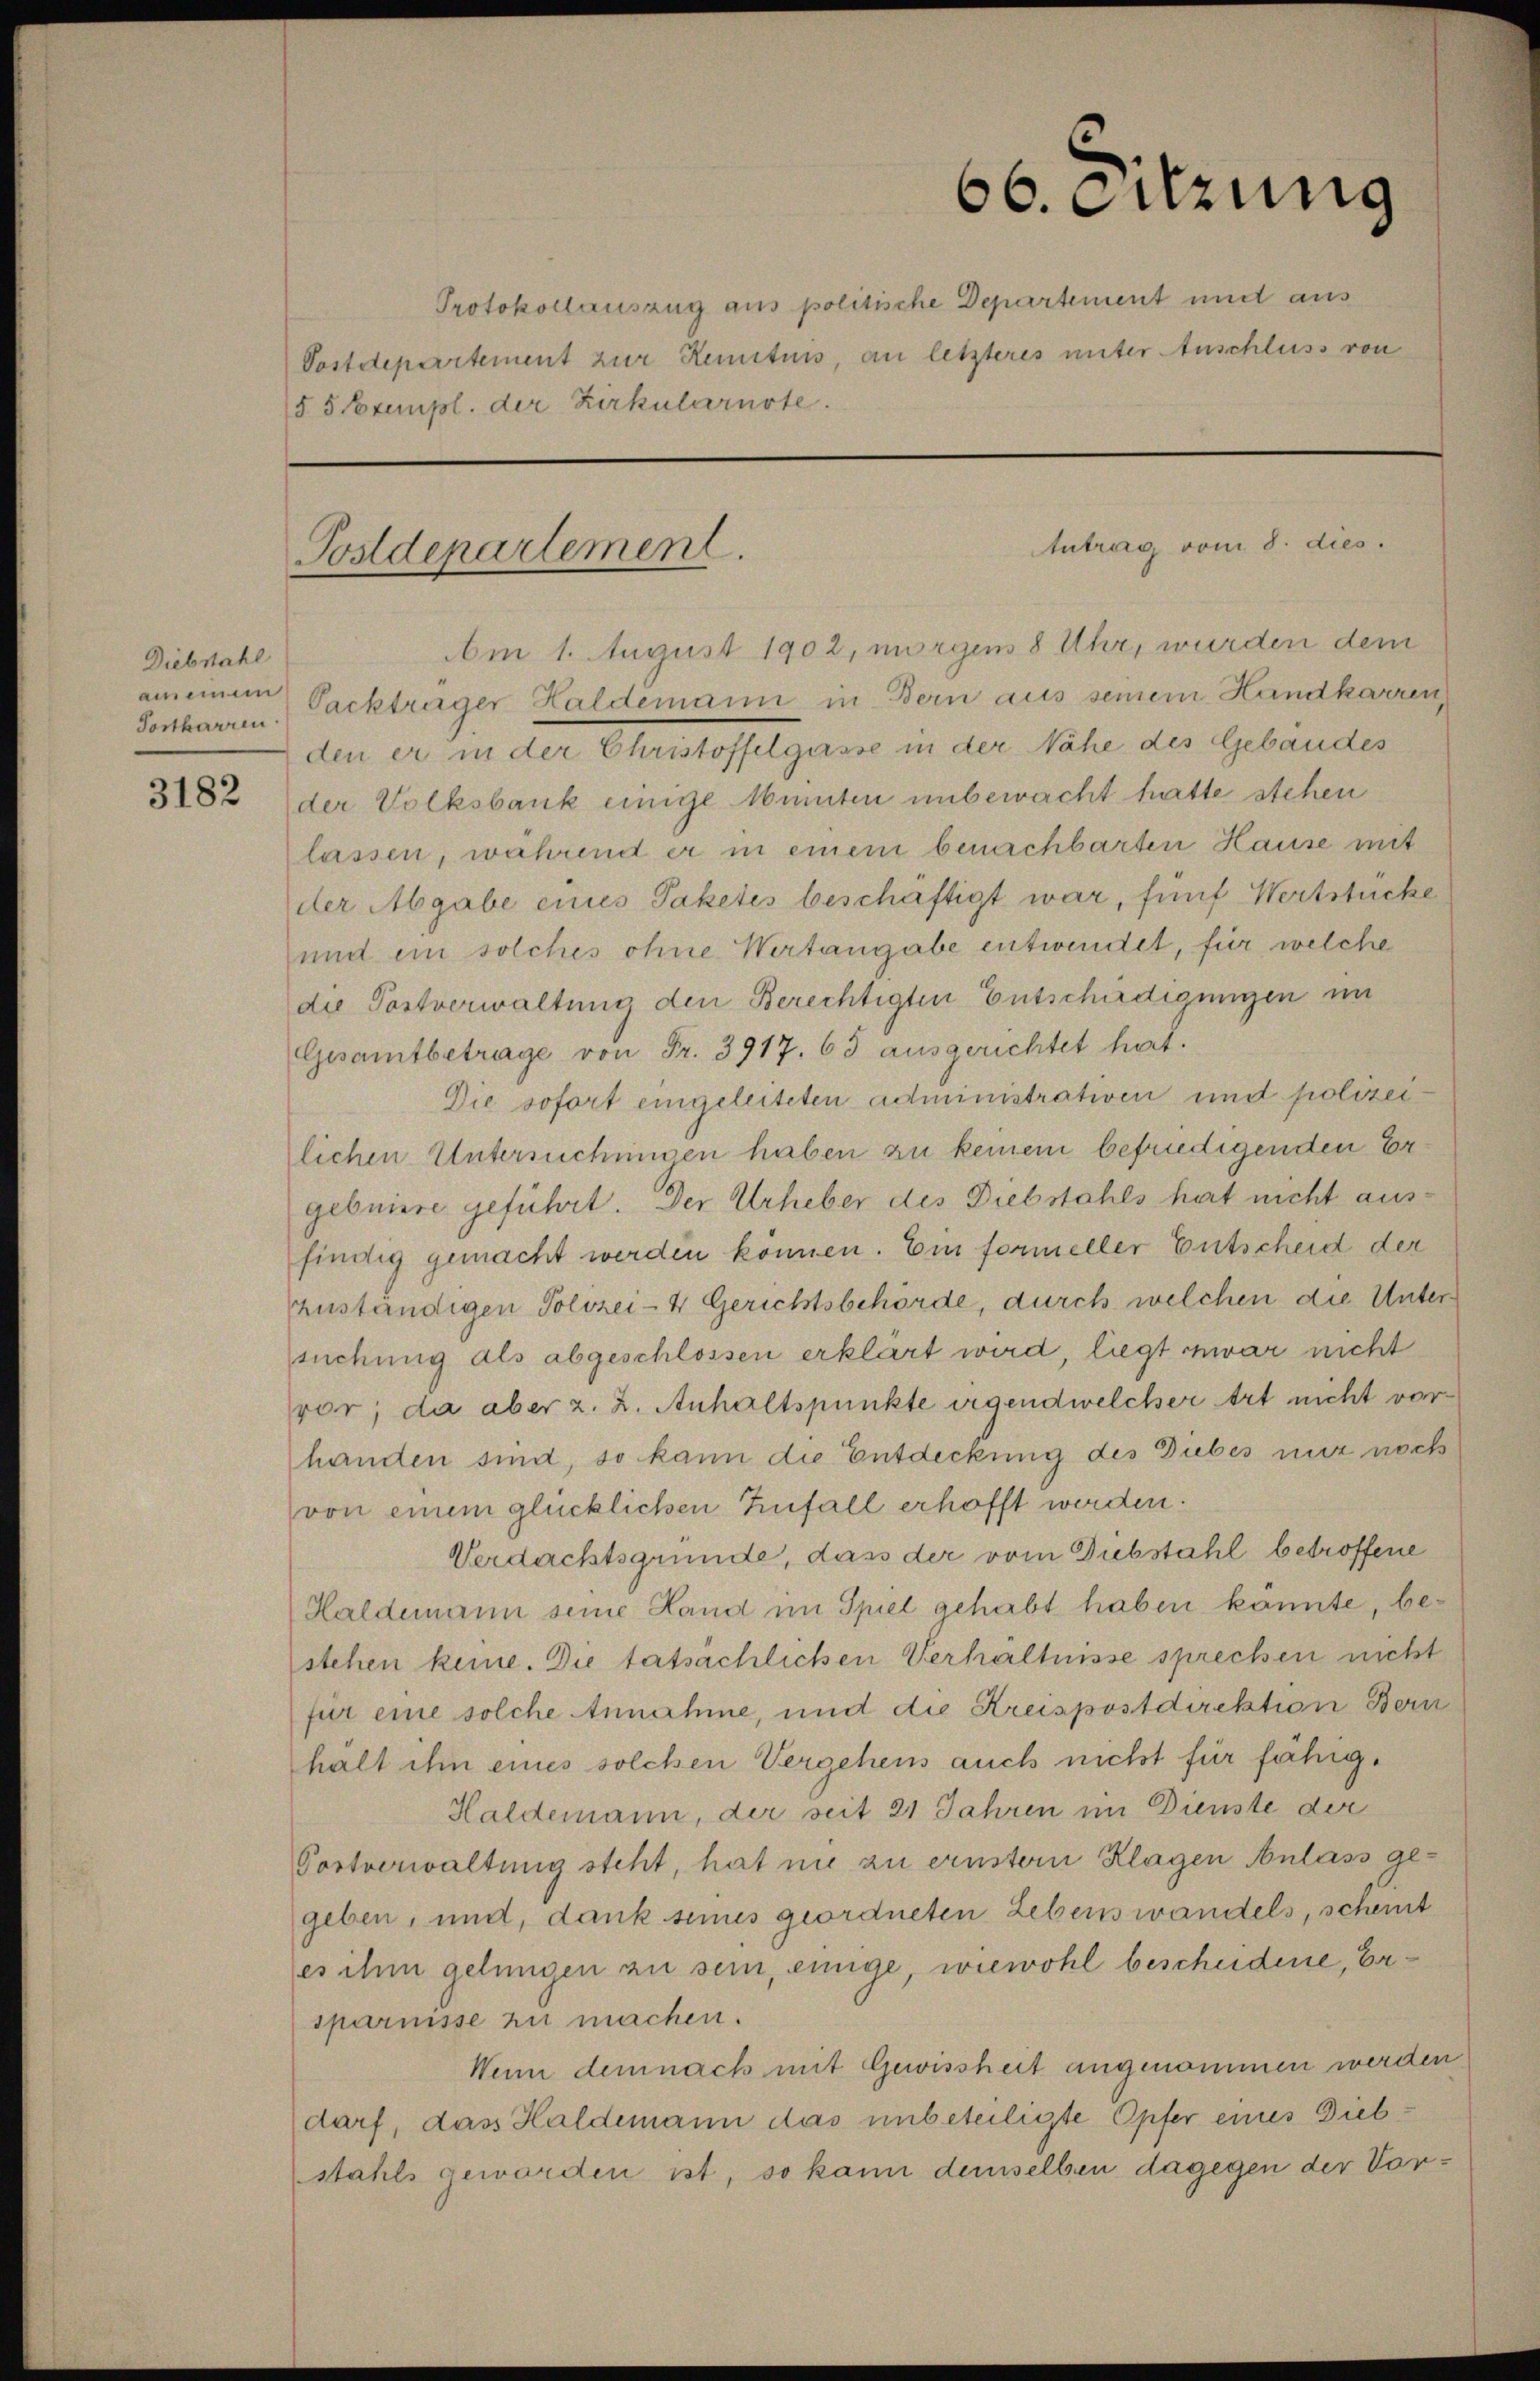
Diebstahl
Tortkarren

3182

§ 5 Texempl. der Zirkularnste.

Postdepartement.

66. Sitzung
Protokollauszug aus politische Departement undt aus
Postdepartement zur Renituis, an letzteres unter Anschluss von

Am 1. August 1902, morgens 8 Uhr, wurden dem
ameinem Packträger Haldemann in Bern aus seinem Handkarren,
den er in der Christoffelgasse in der Nähe des Gebäudes
der Volksbank einige konnten unbewacht hatte stehen
lassen, während er in einem benachbarten Hause mit
der Abgabe eines Paketes beschäftigt war, fünf Wertstücke
und ein solches ohne Wertangabe entwendet, für welche
die Postverwaltung den Berechtigten Entschädigungen im
Gesamtbetrage von Fr. 3917. 63 ausgerichtet hat.
Die sofort eingeleiteten administrativen und polizeilichen Untersuchungen haben zu keinem befriedigenden Er
gebnisre geführt. Der Urheber des Diebstahls hat nicht ausfindig gemacht werden können. Ein formeller Entscheid der
zuständigen Polizei- 4 Gerichtsbehörde, durch welchen die Unter
suchung als abgeschlossen erklärt wird, liegt zwar nicht
vor; da aber z. Z. Anhaltspunkte irgendwelcher Art nicht vorhanden sind, so kann die Entdeckung des Diebes nur noch
von einem glücklichen Einfall erhofft werden.
Verdachtsgrunde, dass der vom Diebstahl betroffene
Haldemann seine Land im Spiel gehabt haben könnte, bestehen keine. Die tatsächlichen Verhältnisse sprechen nicht
für eine solche Annahme, und die Kreispostdirektion Bern
hält ihm eines solchen Vergehens auch nicht für fähig¬
Haldemann, der seit 21 Jahren im Dienste der
Portverwaltung steht, hat nie zu ernstern Klagen Anlass gegeben, und, dank seines geordneten Lebenswandels, scheint
es ihm gelungen zu sein, einige, wiewohl bescheidene, Ersparnisse zu machen.
Wenn demnach mit Gewissheit angenommen werden
darf, das Haldemann das unbeteiligte Opfer eines Dieb
stahls geworden ist, so kann demselben dagegen der Vor¬

Antrag vom 8. dies